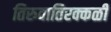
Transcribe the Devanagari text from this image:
तिरुवातिरक्कळी